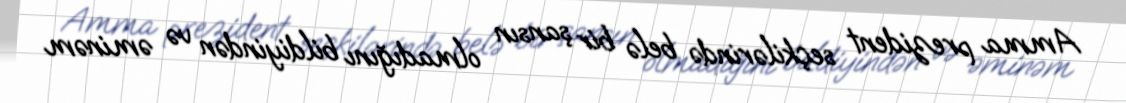
Amma prezident seçkilərində belə bir şansın olmadığını bildiyindən və əminəm